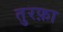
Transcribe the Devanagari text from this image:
तुरफ़ा